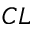
C L